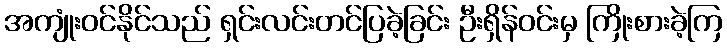
အကျုံးဝင်နိုင်သည် ရှင်းလင်းတင်ပြခဲ့ခြင်း ဦးရှိန်ဝင်းမှ ကြိုးစားခဲ့ကြ